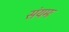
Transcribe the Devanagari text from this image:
संयमः